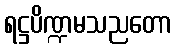
ရဋ္ဌပိဏ္ဍမသညတော